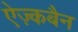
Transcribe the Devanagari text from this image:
ऐज़्कबैन